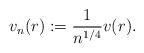
LaTeX: \begin{align*}v_n (r) := \frac{1}{n^{1/4}}v(r).\end{align*}